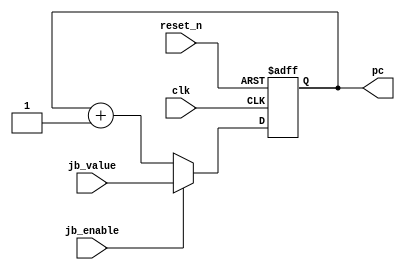
module program_counter
(
    input clk,
    input reset_n,
    input jb_enable,
    input [31:0] jb_value,
    output [31:0] pc
);

    reg [31:0] pc_reg;
    reg [31:0] next_pc_comb;

    always @(*) begin
        if(jb_enable)
            next_pc_comb = jb_value;
        else
            next_pc_comb = pc_reg + 1'b1;
    end

    always @(posedge clk, negedge reset_n) begin
        if(!reset_n) begin
            pc_reg <= 32'h0;
        end else begin
            pc_reg <= next_pc_comb;
        end
    end

    assign pc = pc_reg;

endmodule